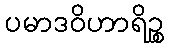
ပမာဒဝိဟာရိဉ္စ